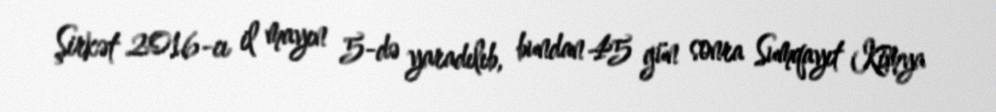
Şirkət 2016-cı il mayın 5-də yaradılıb, bundan 45 gün sonra Sumqayıt Kimya